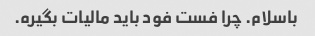
باسلام. چرا فست فود باید مالیات بگیره.